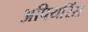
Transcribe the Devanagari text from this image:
अपियरिंस